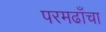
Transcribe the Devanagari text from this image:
परमढाँचा